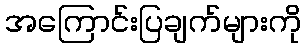
အကြောင်းပြချက်များကို